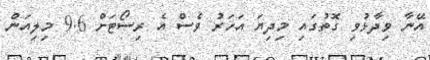
އޭނާ ވިދާޅުވި ގޮތުގައި މިދިޔަ އަހަރު ވެސް އެ ރިސޯޓަށް 9.6 މިލިއަން